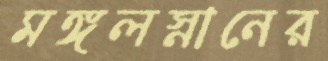
মঙ্গলস্নানের